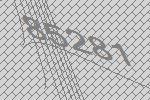
85281